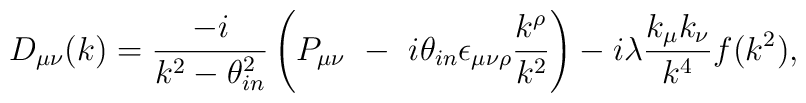
D_{\mu\nu}(k)=\frac{-i}{k^{2}-\theta^{2}_{in}}\left(P_{\mu\nu}\,\,-\,\,i\theta_{in}\epsilon_{\mu\nu\rho}\frac{k^{\rho}}{k^{2}}\right)-i\lambda\frac{k_{\mu}k_{\nu}}{k^{4}}f(k^{2}),